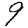
Digit: 9